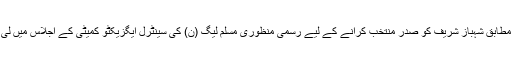
ذرائع کے مطابق شہباز شریف کو صدر منتخب کرانے کے لیے رسمی منظوری مسلم لیگ (ن) کی سینٹرل ایگزیکٹو کمیٹی کے اجلاس میں لی جائے گی۔